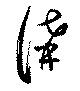
講